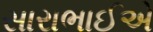
સારાભાઈએ